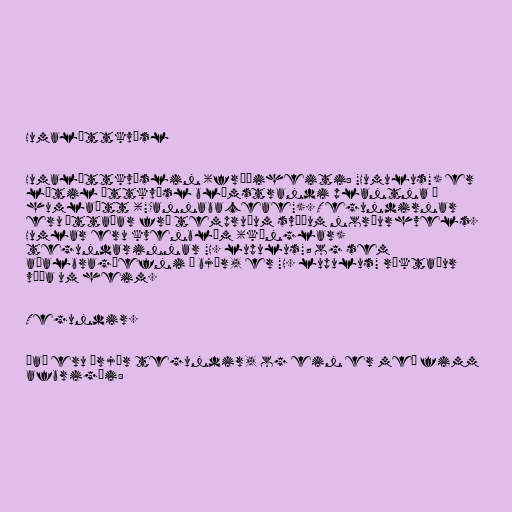
Humalættkvísl

Humalættkvíslin (fræðiheiti: "Humulus") er
lítil ættkvísl blómstrandi plantna í
humlaætt ("Cannabaceae"). Tegundirnar
eru ættaðar frá tempruðum svæðum norðurhvels.
Humlar eru kvenblóm (könglar)
tegundarinnar "H. lupulus"; og sem
aðalbragðefni í bjór, er "H. lupulus" ræktaður
víða um heim.

Tegundir.

Það eru þrjár tegundir, og ein er með fimm
afbrigði: